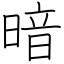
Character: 暗